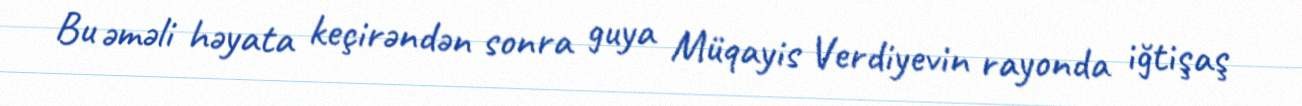
Bu əməli həyata keçirəndən sonra guya Müqayis Verdiyevin rayonda iğtişaş